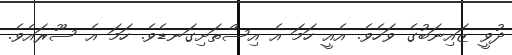
ދުވީ ޒައިނަބުގެ ވަހެވެ. އެއީ ހަމަ އެ އިސްތަށިގަނޑެވެ. ހަމަ އެ ސޫރައެވެ.